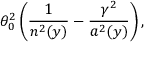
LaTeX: \theta _ { 0 } ^ { 2 } \left( \frac { 1 } { n ^ { 2 } ( y ) } - \frac { \gamma ^ { 2 } } { a ^ { 2 } ( y ) } \right) ,